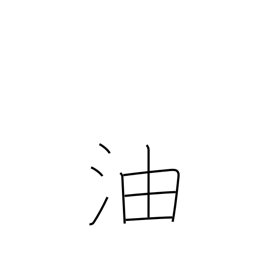
Meaning: oil